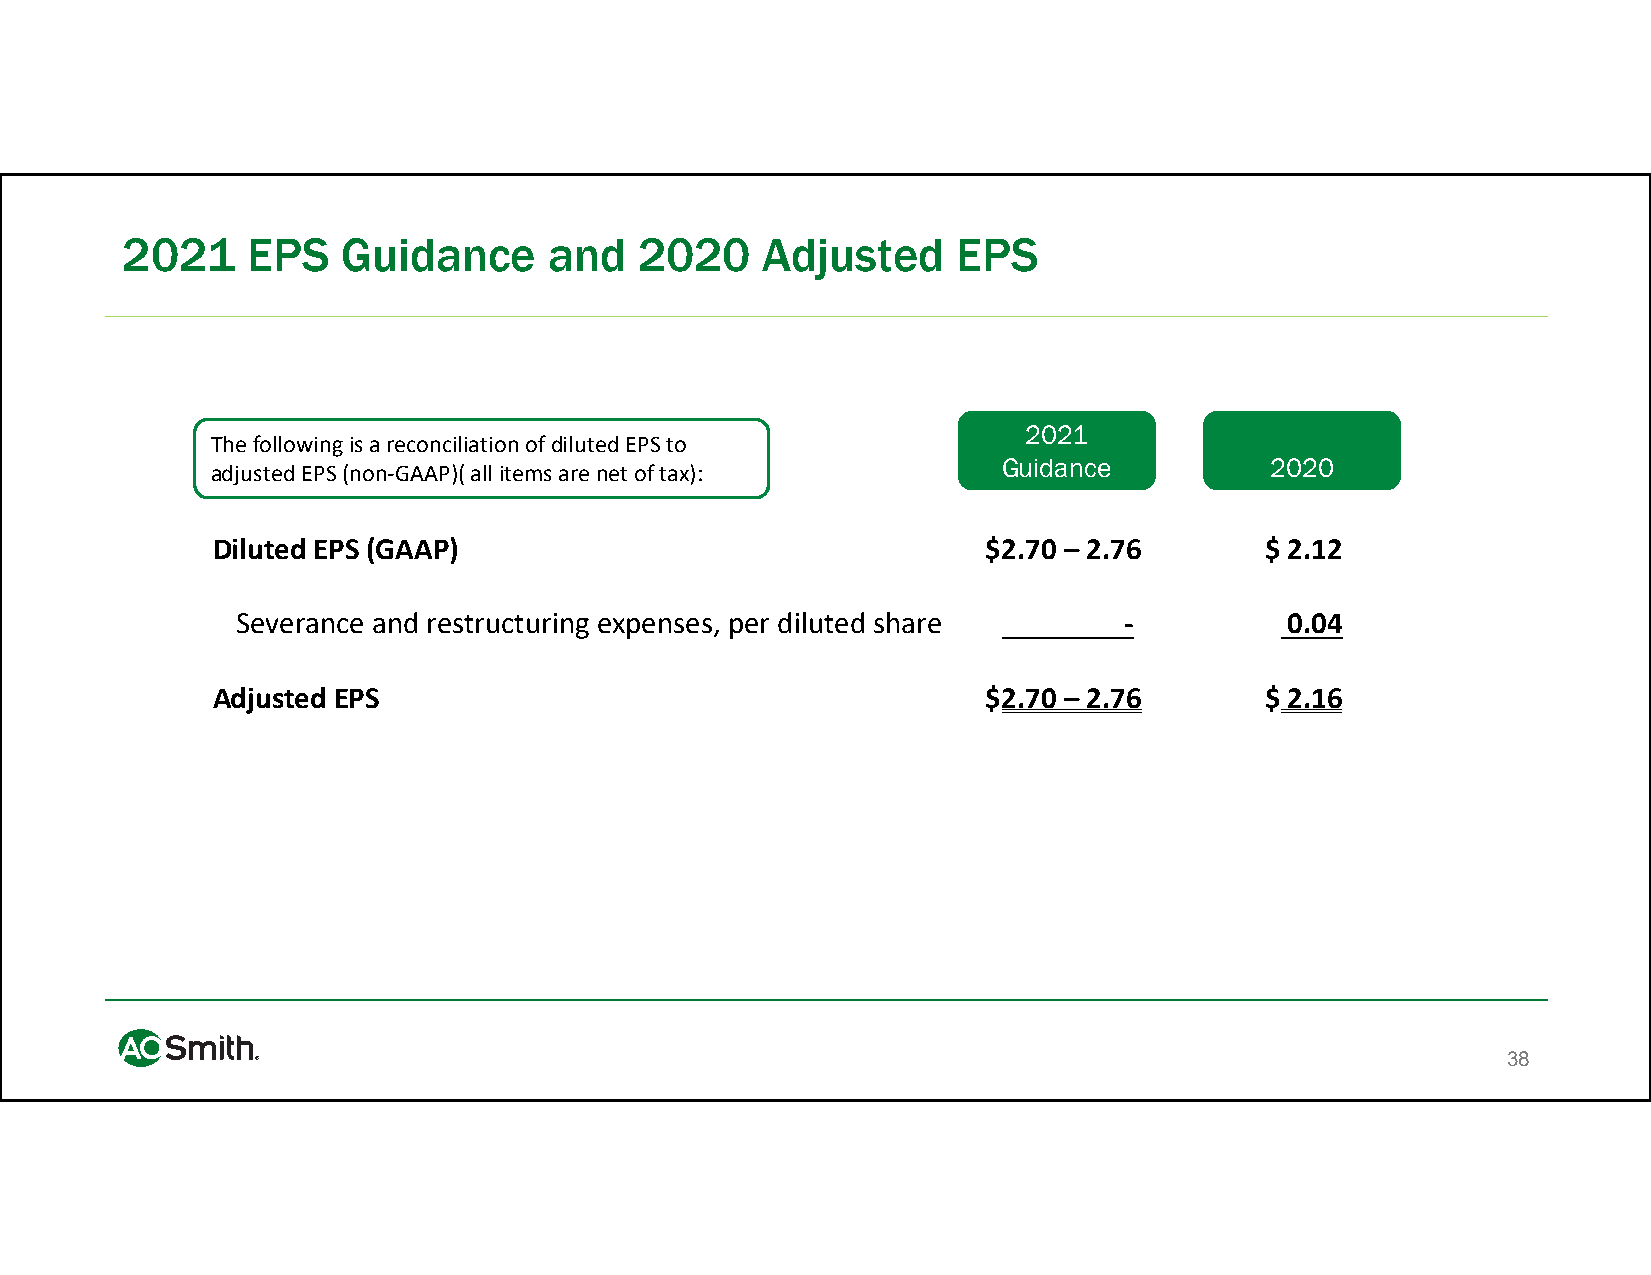
2021    EPS    Guidance     and   2020    Adjusted     EPS
 2021
 The following is a reconciliation of diluted EPS to
 Guidance          2020
 adjusted EPS (non‐GAAP)( all items are net of tax):
 Diluted EPS (GAAP)                                 $2.70 – 2.76       $2.12
 Severance and restructuring expenses, per diluted share   ‐          0.04
 Adjusted EPS                                       $2.70 – 2.76       $2.16
 38